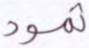
ثمود